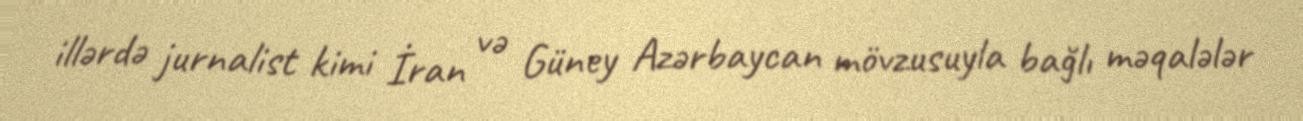
illərdə jurnalist kimi İran və Güney Azərbaycan mövzusuyla bağlı məqalələr